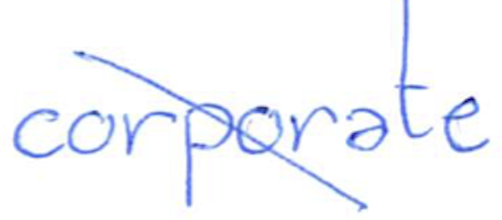
Text: corporate
Cross-out: diagonal
Writing tool: ballpoint